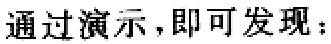
通过演示，即可发现：